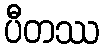
ပီတဿ